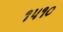
૧૫૧૦